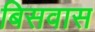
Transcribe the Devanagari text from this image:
बिसवास